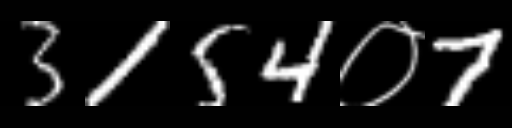
Text: 3154०7